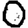
Digit: 0